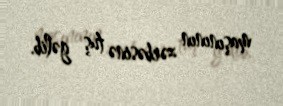
maşınının zərbəsinə tuş gəlib.